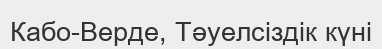
Кабо-Верде, Тәуелсіздік күні